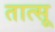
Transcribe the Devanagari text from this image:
तात्सू